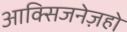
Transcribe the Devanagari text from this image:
आक्सिजनेज़हो